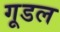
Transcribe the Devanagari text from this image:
गूडल